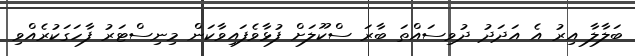
ބަލާލާ އިރު އެ އަދަދު ދުވިސައްތަ ބާރަ ސްކޫލަށް ފުޅާވެފައިވާކަން މިނިސްޓަރު ފާހަގަކުރެއްވި